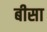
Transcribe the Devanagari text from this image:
बीसा